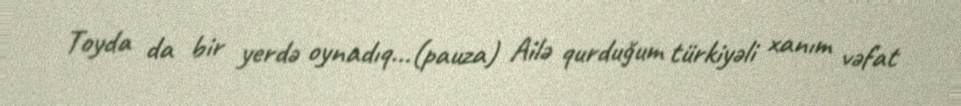
Toyda da bir yerdə oynadıq...(pauza) Ailə qurduğum türkiyəli xanım vəfat